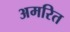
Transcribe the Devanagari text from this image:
अमरित